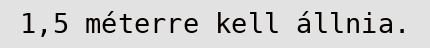
1,5 méterre kell állnia.